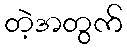
တဲ့အတွက်